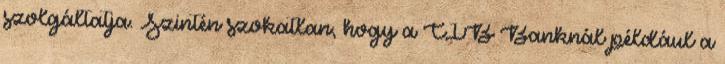
szolgáltatja. Szintén szokatlan, hogy a CIB Banknál például a